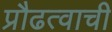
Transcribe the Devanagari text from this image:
प्रौढत्वाची